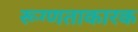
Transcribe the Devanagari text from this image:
रूग्णताकारक